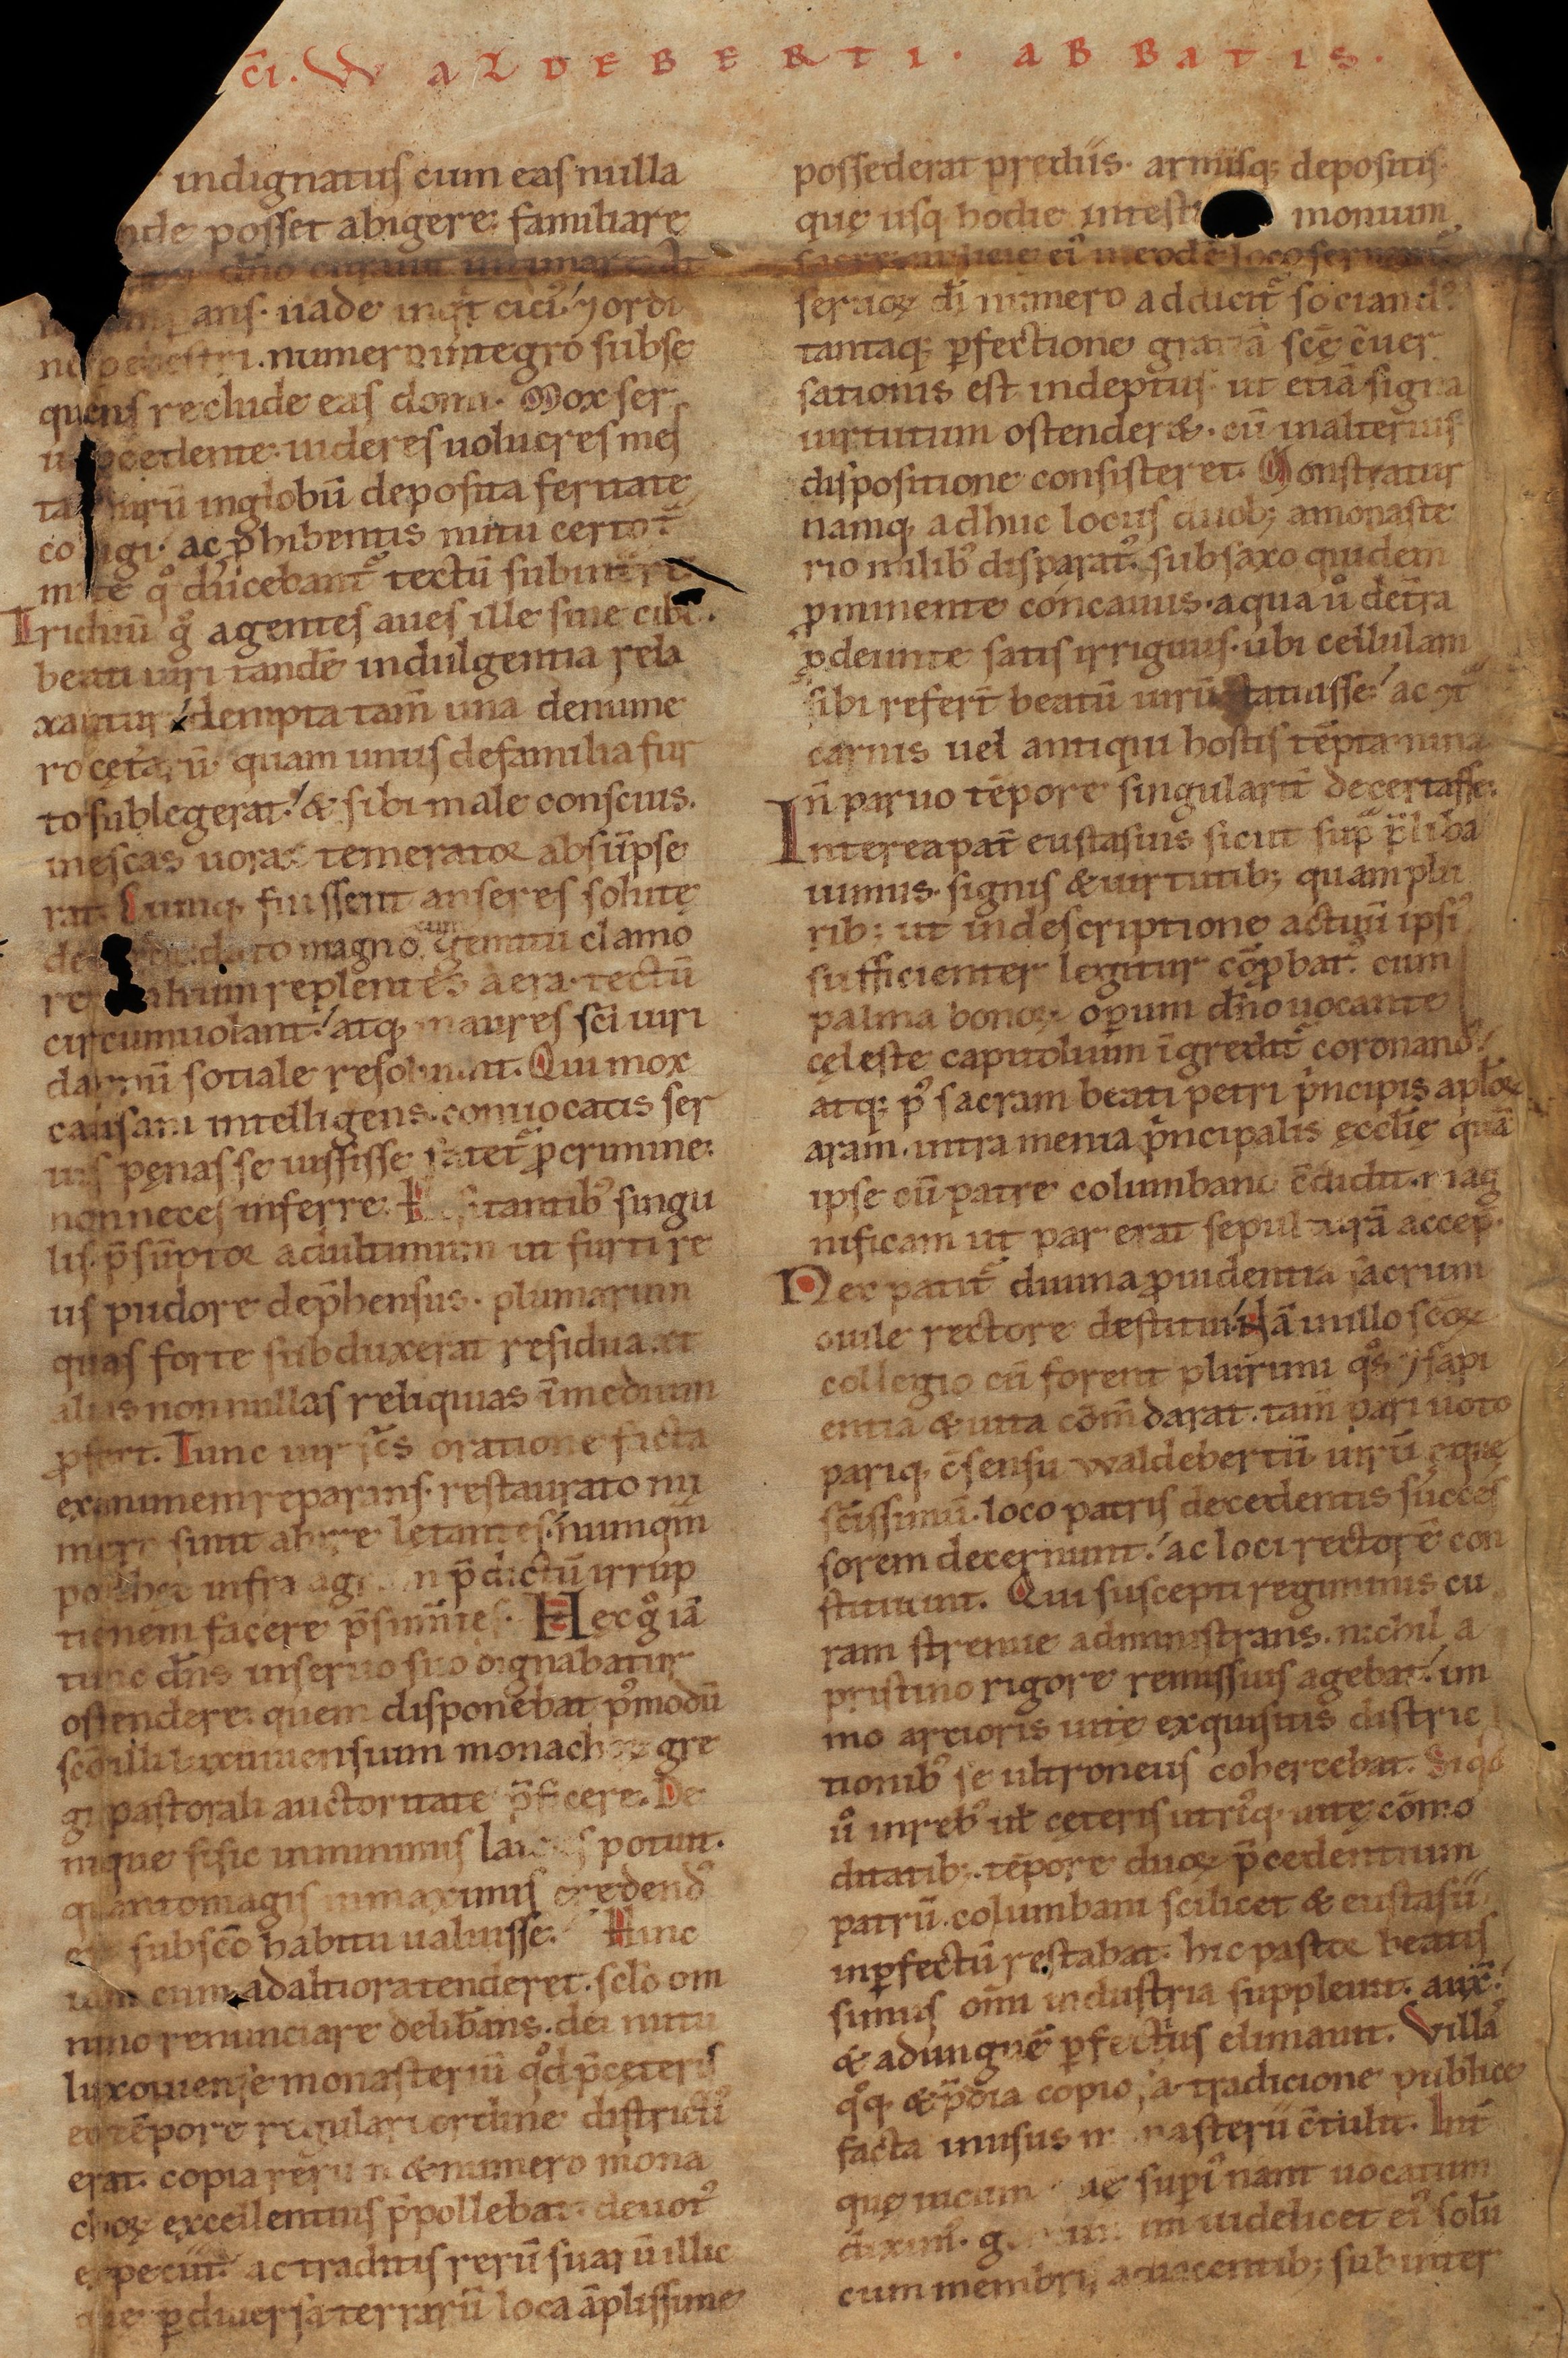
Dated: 1141–1170